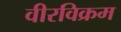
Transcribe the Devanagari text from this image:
वीरविक्रम